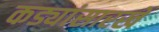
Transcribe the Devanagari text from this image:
कड्यांसारखे